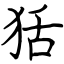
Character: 狧